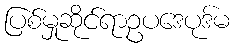
ပြစ်မှုဆိုင်ရာဥပဒေပုဒ်မ